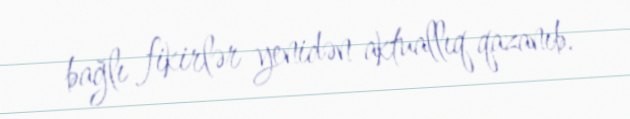
bağlı fikirlər yenidən aktuallıq qazanıb.